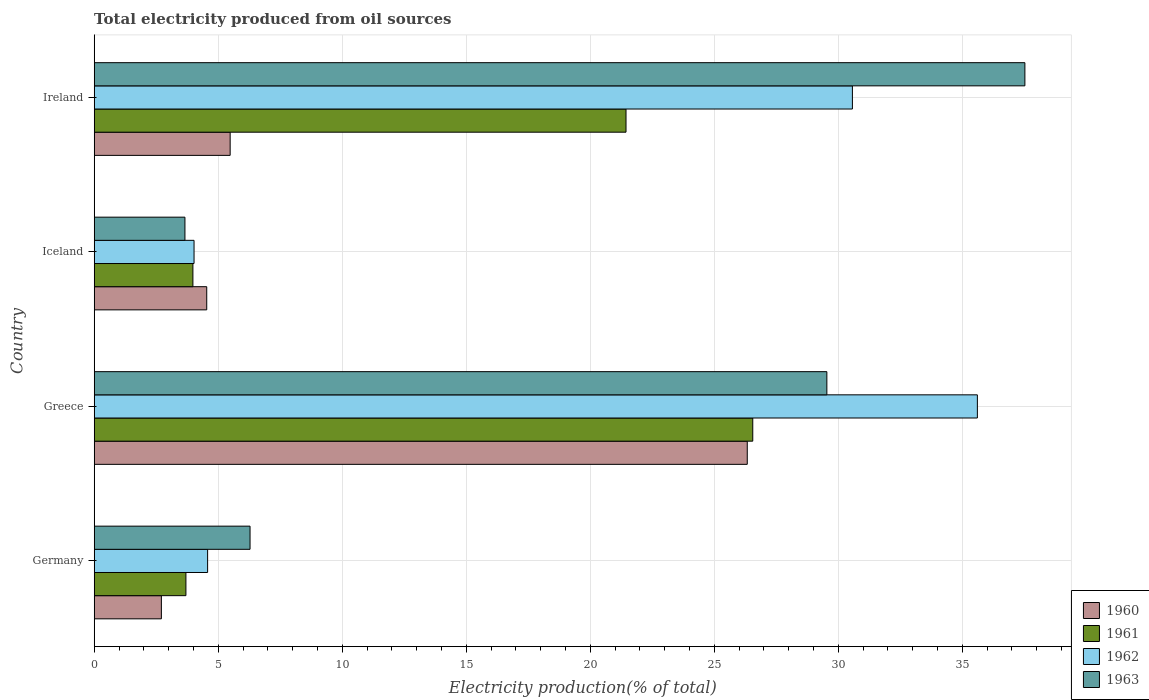
| Country | 1960 | 1961 | 1962 | 1963 |
 | --- | --- | --- | --- | --- |
 | Germany | 2.71 | 3.7 | 4.57 | 6.28 |
 | Greece | 26.3 | 26.6 | 35.6 | 29.5 |
 | Iceland | 4.54 | 3.98 | 4.03 | 3.66 |
 | Ireland | 5.48 | 21.4 | 30.6 | 37.5 |